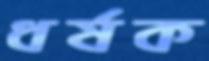
ধর্ষক